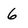
Character: 6